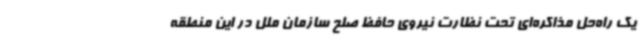
یک راه‌حل مذاکره‌ای تحت نظارت نیروی حافظ صلح سازمان ملل در این منطقه